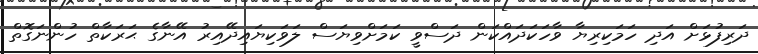
ދަރިފުޅަށް އަދި ހަމަކިރިޔާ ވާހަކަދައްކަން ދަސްވީ ކަމަށްވިޔަސް ލަވަކިޔައިދޭއިރު އޭނާގެ ޙަރަކާތް ހުންނަގޮތް